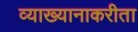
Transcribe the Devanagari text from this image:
व्याख्यानाकरीता